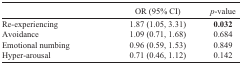
|  | OR (95% CI) | p-value |
 | --- | --- | --- |
 | Re-experiencing | 1.87 (1.05, 3.31) | 0.032 |
 | Avoidance | 1.09 (0.71, 1.68) | 0.684 |
 | Emotional numbing | 0.96 (0.59, 1.53) | 0.849 |
 | Hyper-arousal | 0.71 (0.46, 1.12) | 0.142 |